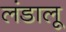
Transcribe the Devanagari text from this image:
लंडालू